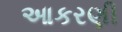
આકરણી